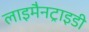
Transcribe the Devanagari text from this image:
लाइमैनट्राइडी